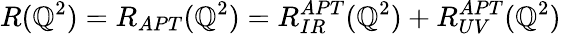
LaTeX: R(\mathbb{Q}^{2})=R_{APT}(\mathbb{Q}^{2})=R_{IR}^{APT}(\mathbb{Q}^{2})+R_{UV}^{APT}(\mathbb{Q}^{2})